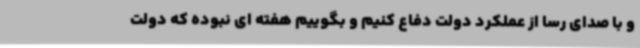
و با صدای رسا از عملکرد دولت دفاع کنیم و بگوییم هفته ای نبوده که دولت